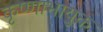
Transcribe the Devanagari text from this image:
कृष्णाभायुक्त